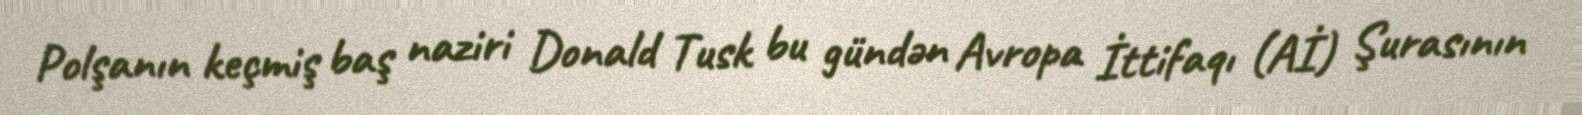
Polşanın keçmiş baş naziri Donald Tusk bu gündən Avropa İttifaqı (Aİ) Şurasının